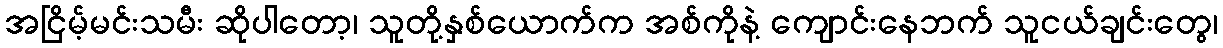
အငြိမ့်မင်းသမီး ဆိုပါတော့၊ သူတို့နှစ်ယောက်က အစ်ကိုနဲ့ ကျောင်းနေဘက် သူငယ်ချင်းတွေ၊